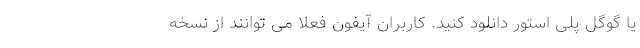
یا گوگل پلی استور دانلود کنید. کاربران آیفون فعلا می توانند از نسخه